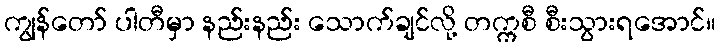
ကျွန်တော် ပါတီမှာ နည်းနည်း သောက်ချင်လို့ တက္ကစီ စီးသွားရအောင်။